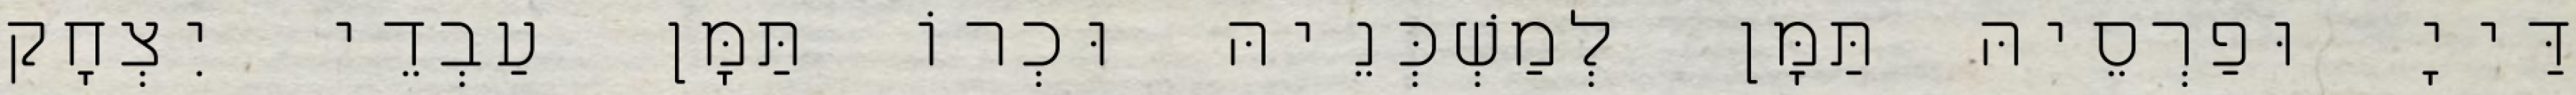
דַּייָ וּפַרְסֵיהּ תַּמָּן לְמַשְׁכְּנֵיהּ וּכְרוֹ תַּמָּן עַבְדֵי יִצְחָק